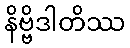
နိဗ္ဗိဒါတိဿ